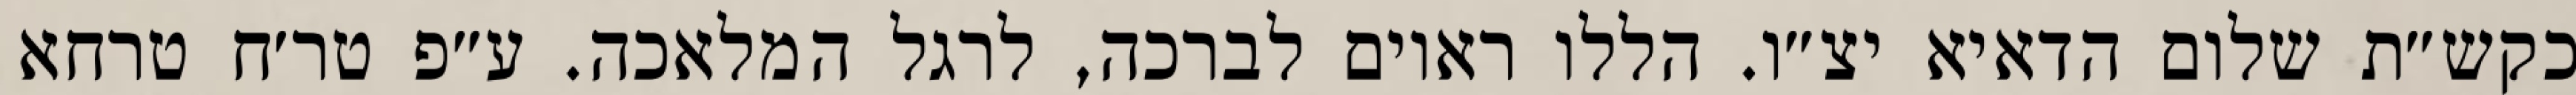
כקש״ת שלום הדאיא יצ״ו. הללו ראוים לברכה, לרגל המלאכה. ע״פ טר׳ח טרחא